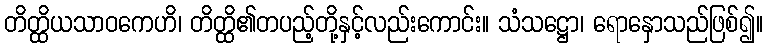
တိတ္ထိယသာဝကေဟိ၊ တိတ္ထိ၏တပည့်တို့နှင့်လည်းကောင်း။ သံသဋ္ဌော၊ ရောနှောသည်ဖြစ်၍။